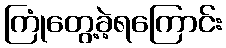
ကြုံတွေ့ခဲ့ရကြောင်း